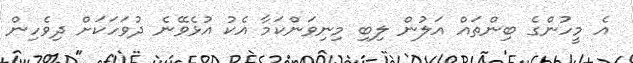
އެ މީހުންގެ ބިންތައް އަލުން ލިބި މިނިވަންކަމާ އެކު އުޅެވޭނެ ދުވަހަކަށް ދިވެހިން